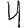
Digit: 4